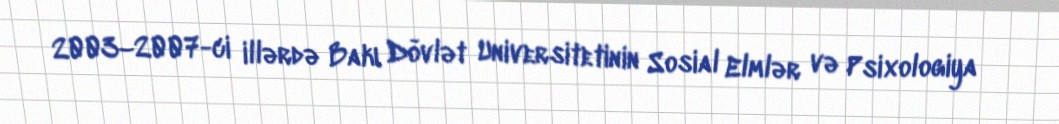
2003–2007-ci illərdə Bakı Dövlət Universitetinin Sosial Elmlər və Psixologiya